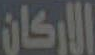
الأركان